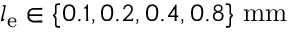
l _ { \mathrm { e } } \in \{ 0 . 1 , 0 . 2 , 0 . 4 , 0 . 8 \} \ \mathrm { m m }